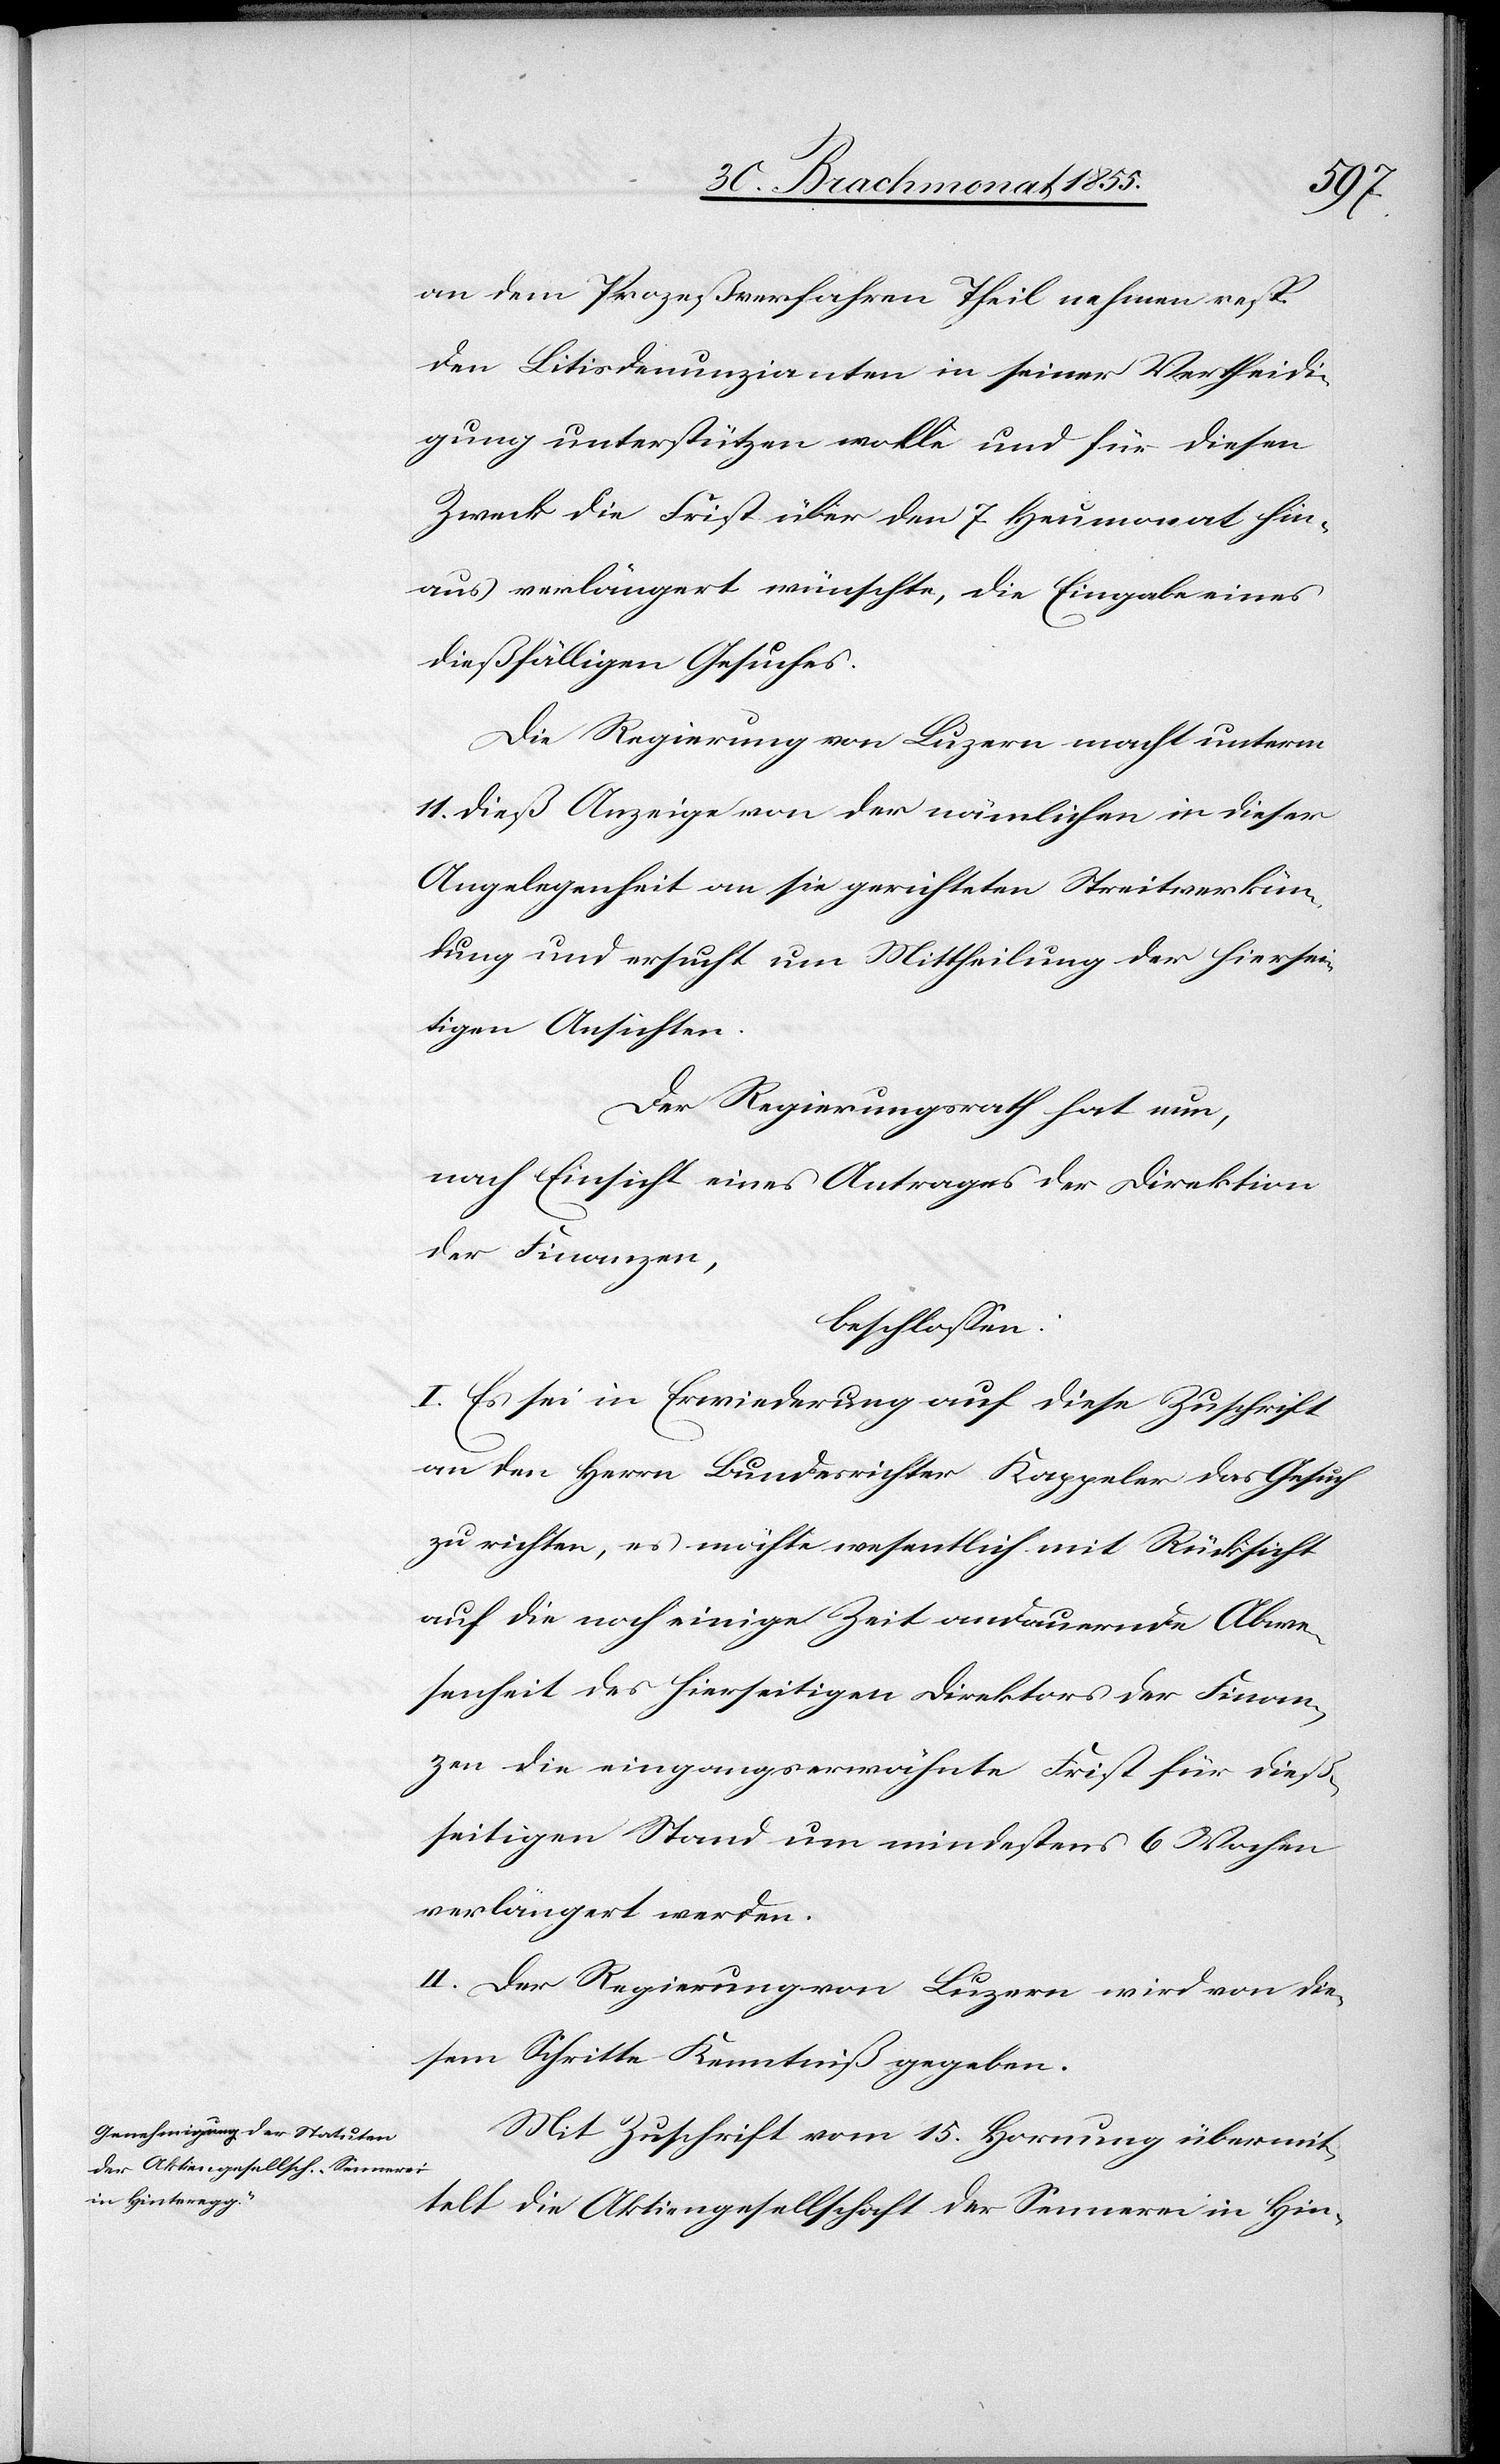
an dem Prozeßverfahren Theil nehmen resp.
den Litisdenunzianten in seiner Vertheidi¬
gung unterstützen wolle und für diesen
Zweck die Frist über den 7. Heumonat hin¬
aus verlängert wünschte, die Eingabe eines
dießfälligen Gesuches.
Die Regierung von Luzern macht unterm
11. dieß Anzeige von der nämlichen in dieser
Angelegenheit an sie gerichteten Streitverkün¬
dung und ersucht um Mittheilung der hiersei¬
tigen Ansichten.
Der Regierungsrath hat nun,
nach Einsicht eines Antrages der Direktion
der Finanzen,
beschlossen:
I. Es sei in Erwiederung auf diese Zuschrift
an den Herrn Bundesrichter Kappeler das Gesuch
zu richten, es möchte wesentlich mit Rücksicht
auf die noch einige Zeit andauernde Abwe¬
senheit des hierseitigen Direktors der Finan¬
zen die eingangserwähnte Frist für dieß¬
seitigen Stand um mindestens 6 Wochen
verlängert werden.
II. Der Regierung von Luzern wird von die¬
sem Schritte Kenntniß gegeben.
Mit Zuschrift vom 15. Hornung übermit¬
telt die Aktiengesellschaft der Sennerei in Hin-